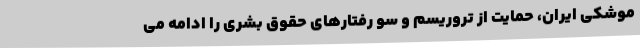
موشکی ایران، حمایت از تروریسم و سو رفتارهای حقوق بشری را ادامه می